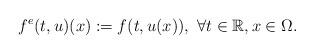
LaTeX: \begin{align*}f^e(t,u)(x):=f(t,u(x)),\ \forall t\in\mathbb{R}, x\in\Omega.\end{align*}